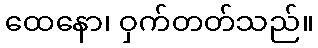
ထေနော၊ ဝှက်တတ်သည်။